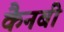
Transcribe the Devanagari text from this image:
कैनबी